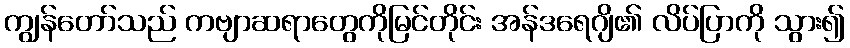
ကျွန်တော်သည် ကဗျာဆရာတွေကိုမြင်တိုင်း အန်ဒရေဂျိ၏ လိပ်ပြာကို သွား၍